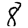
Digit: 8